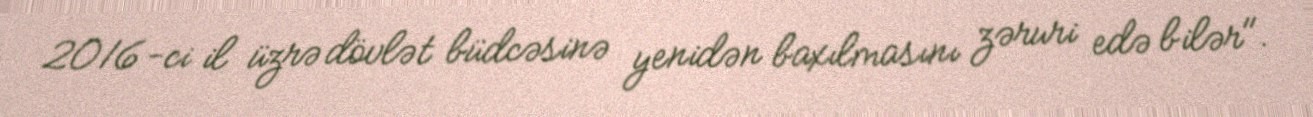
2016-ci il üzrə dövlət büdcəsinə yenidən baxılmasını zəruri edə bilər".